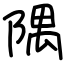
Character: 隅